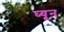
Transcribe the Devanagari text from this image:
घ्यून